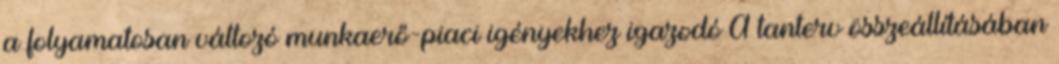
a folyamatosan változó munkaerő-piaci igényekhez igazodó A tanterv összeállításában